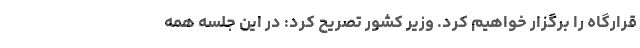
قرارگاه را برگزار خواهیم کرد. وزیر کشور تصریح کرد: در این جلسه همه